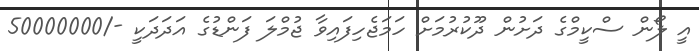
އީ ލޯން ސްކީމްގެ ދަށުން ދޫކުރުމަށް ހަމަޖެހިފައިވާ ޖުމްލަ ފަންޑުގެ އަދަދަކީ -/50000000